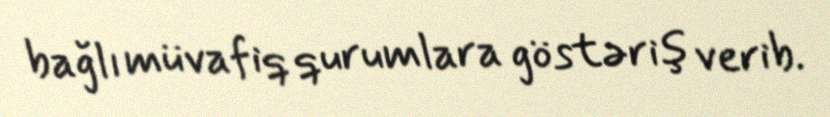
bağlı müvafiq qurumlara göstəriş verib.